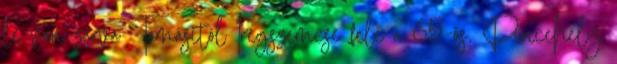
le van zárva Tamásitól Iregszemcse felé a 65-ös, Pincehely